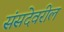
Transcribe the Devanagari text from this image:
संसदेवरील